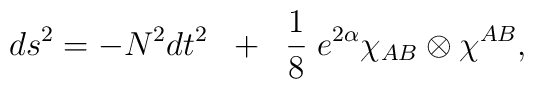
ds^{2} = -N^{2}dt^{2} \;\; + \;\;  \frac{1}{8} \;                e^{2\alpha}\chi_{AB}\otimes\chi^{AB},